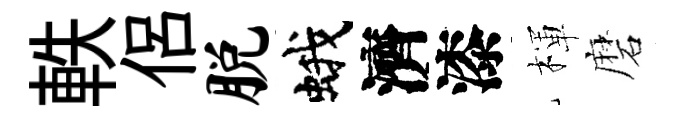
軼侶脱蛾濟漆楎磨